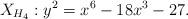
LaTeX: \begin{align*}X_{H_4}: y^2 = x^6 - 18x^3 - 27.\end{align*}